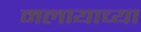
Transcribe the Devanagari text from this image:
मलायाच्या